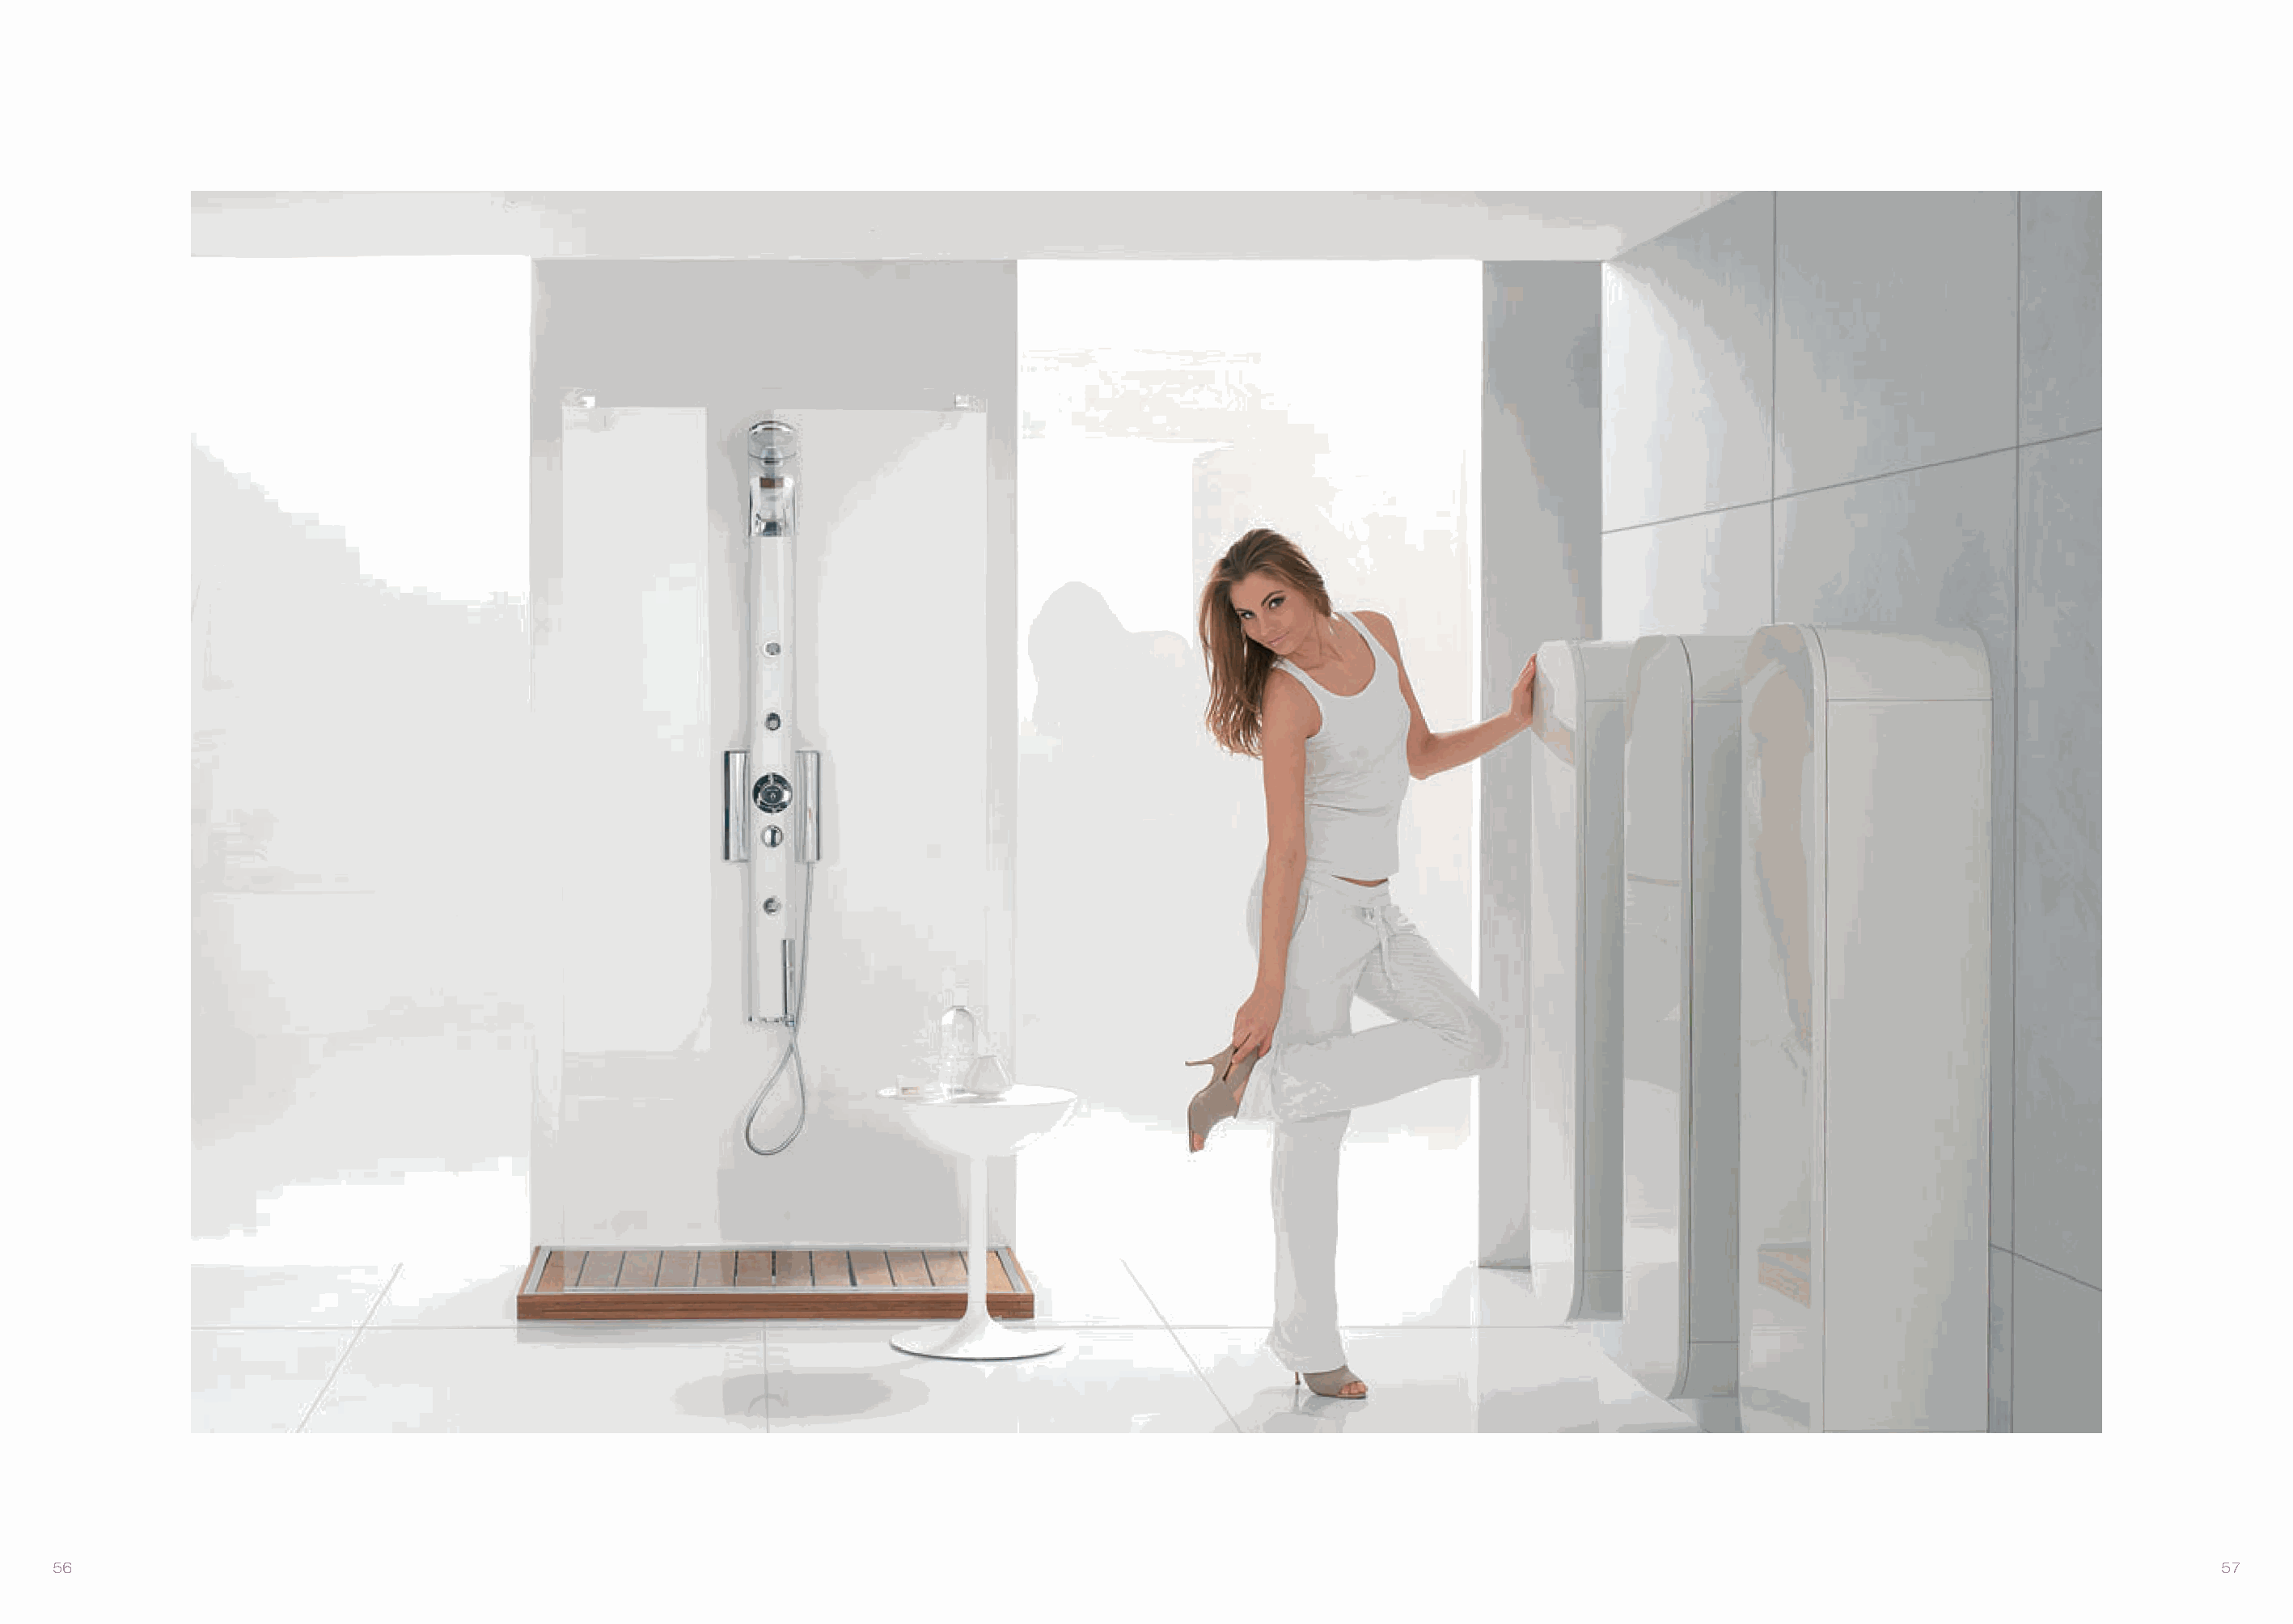
56                                                                                                                                                                                57